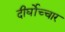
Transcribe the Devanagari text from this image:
दीर्घोच्चार